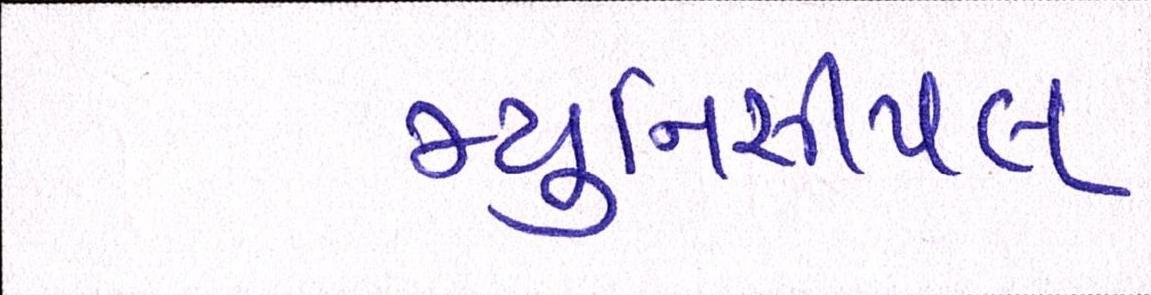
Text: મ્યુનિસીપલ